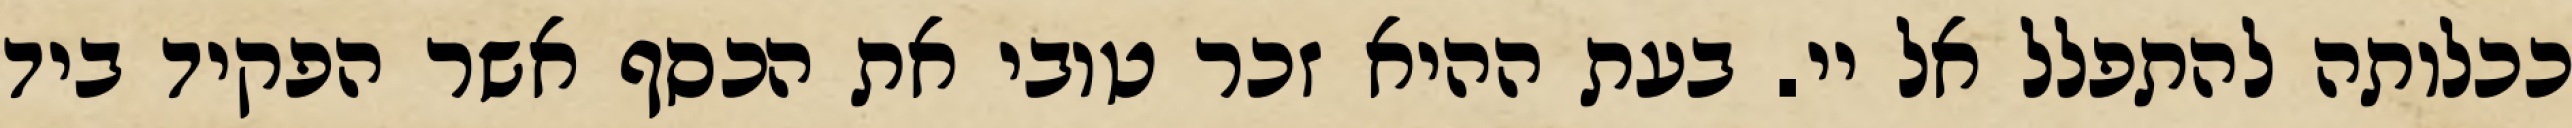
ככלותה להתפלל אל יי. בעת ההיא זכר טובי את הכסף אשר הפקיד ביד